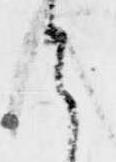
ら